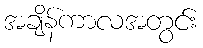
အချိန်ကာလအတွင်း